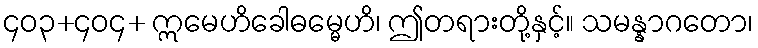
၄၀၃+၄၀၄+ ဣမေဟိခေါဓမ္မေဟိ၊ ဤတရားတို့နှင့်။ သမန္နာဂတော၊